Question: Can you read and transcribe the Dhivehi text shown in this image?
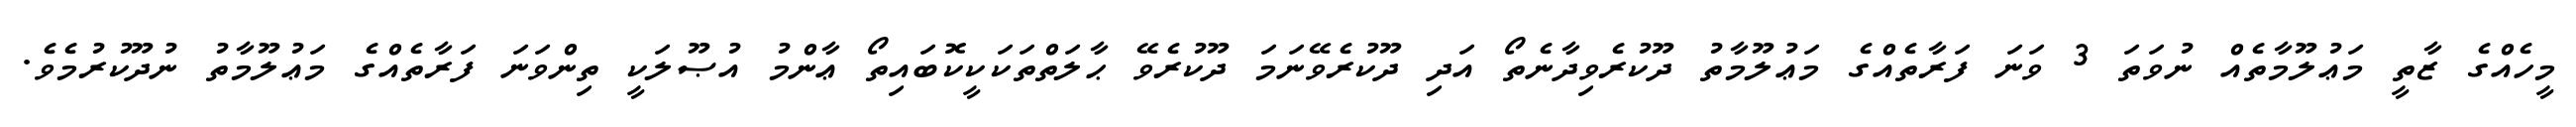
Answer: މީހެއްގެ ޒާތީ މަޢުލޫމާތެއް ނުވަތަ 3 ވަނަ ފަރާތެއްގެ މަޢުލޫމާތު ދޫކުރެވިދާނެތޯ އަދި ދޫކުރެވޭނަމަ ދޫކުރެވޭ ޙާލަތްތަކަކީކޮބައިތޯ ޢާންމު އުޞޫލަކީ ތިންވަނަ ފަރާތެއްގެ މަޢުލޫމާތު ނުދޫކުރުމެވެ.